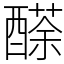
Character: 𨢬